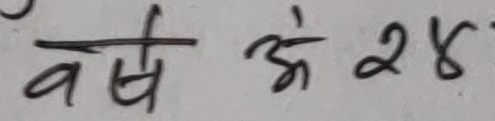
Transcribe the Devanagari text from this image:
वर्ष अे २४.